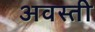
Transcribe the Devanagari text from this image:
अवस्ती